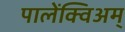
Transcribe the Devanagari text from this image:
पालेंक्विअम्‌